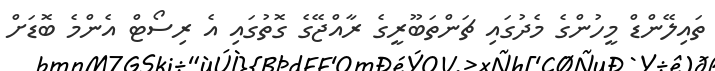
ތައިލޭންޑް މީހުންގެ މެދުގައި ޗަންތަބޫރީގެ ރާއްޖޭގެ ގޮތުގައި އެ ރިސޯޓް އެންމެ ބޮޑަށް